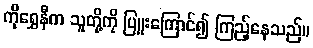
ကိုရွှေနီက သူတို့ကို ပြူးကြောင်၍ ကြည့်နေသည်။